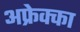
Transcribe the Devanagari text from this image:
अफ्रेक्का